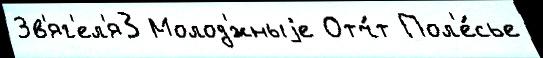
Зв'яг'ел'я3 Молод'́жныjе Отч́т Пол'е́сье